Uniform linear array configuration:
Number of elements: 48
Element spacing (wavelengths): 0.5
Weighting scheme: kaiser
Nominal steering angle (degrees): -60
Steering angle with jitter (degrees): -60.696
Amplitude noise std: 0.05
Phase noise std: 0.05

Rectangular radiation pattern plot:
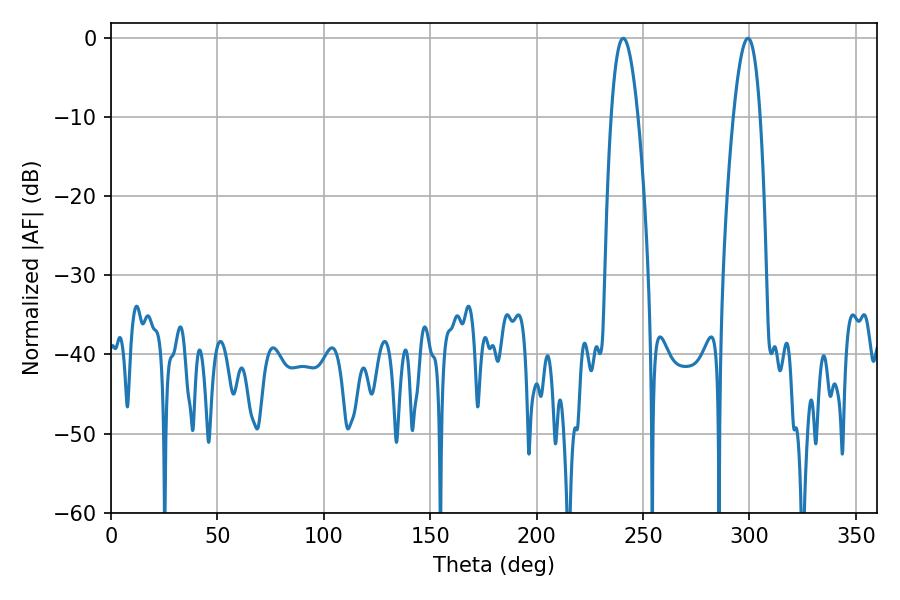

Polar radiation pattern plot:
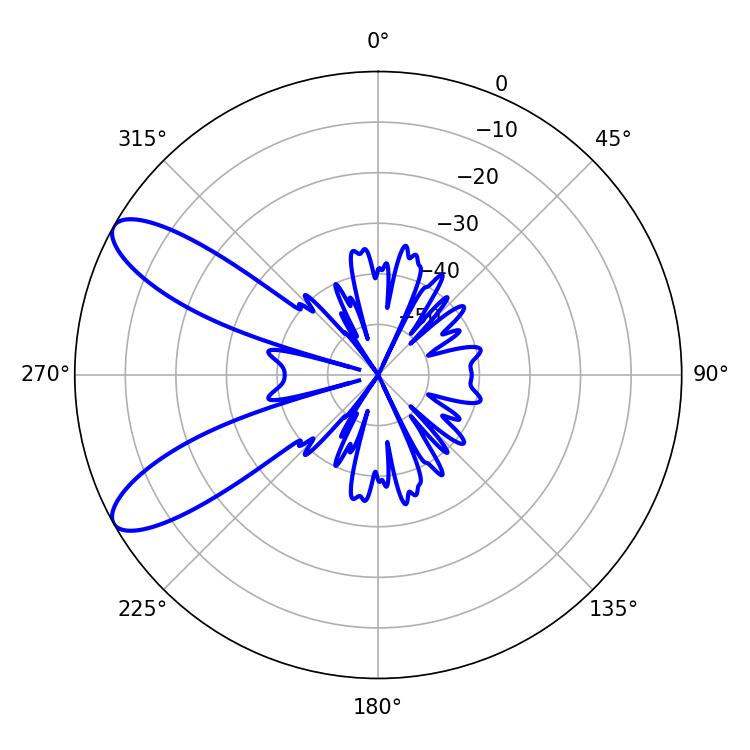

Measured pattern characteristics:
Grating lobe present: FALSE
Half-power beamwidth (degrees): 6.84
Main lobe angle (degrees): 299.34